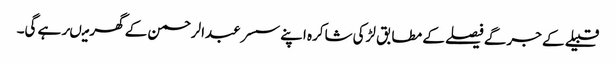
قبیلے کے جرگے فیصلے کے مطابق لڑکی شاکرہ اپنے سسر عبدالرحمن کے گھر میںرہے گی۔